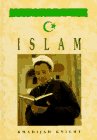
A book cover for Islam (World Religions); Khadijan Knight; Teen & Young Adult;